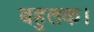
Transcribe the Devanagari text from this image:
बहुलक।